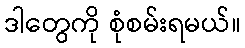
ဒါတွေကို စုံစမ်းရမယ်။